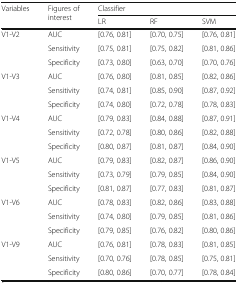
<table><thead><tr><td rowspan="2"><b>Variables</b></td><td rowspan="2"><b>Figures of interest</b></td><td colspan="3"><b>Classifier</b></td></tr><tr><td><b>LR</b></td><td><b>RF</b></td><td><b>SVM</b></td></tr></thead><tbody><tr><td rowspan="3">V1-V2</td><td>AUC</td><td>[0.76, 0.81]</td><td>[0.70, 0.75]</td><td>[0.76, 0.81]</td></tr><tr><td>Sensitivity</td><td>[0.75, 0.81]</td><td>[0.75, 0.82]</td><td>[0.81, 0.86]</td></tr><tr><td>Specificity</td><td>[0.73, 0.80]</td><td>[0.63, 0.70]</td><td>[0.70, 0.76]</td></tr><tr><td rowspan="3">V1-V3</td><td>AUC</td><td>[0.76, 0.80]</td><td>[0.81, 0.85]</td><td>[0.82, 0.86]</td></tr><tr><td>Sensitivity</td><td>[0.74, 0.81]</td><td>[0.85, 0.90]</td><td>[0.87, 0.92]</td></tr><tr><td>Specificity</td><td>[0.74, 0.80]</td><td>[0.72, 0.78]</td><td>[0.78, 0.83]</td></tr><tr><td rowspan="3">V1-V4</td><td>AUC</td><td>[0.79, 0.83]</td><td>[0.84, 0.88]</td><td>[0.87, 0.91]</td></tr><tr><td>Sensitivity</td><td>[0.72, 0.78]</td><td>[0.80, 0.86]</td><td>[0.82, 0.88]</td></tr><tr><td>Specificity</td><td>[0.80, 0.87]</td><td>[0.81, 0.87]</td><td>[0.84, 0.90]</td></tr><tr><td rowspan="3">V1-V5</td><td>AUC</td><td>[0.79, 0.83]</td><td>[0.82, 0.87]</td><td>[0.86, 0.90]</td></tr><tr><td>Sensitivity</td><td>[0.73, 0.79]</td><td>[0.79, 0.85]</td><td>[0.84, 0.90]</td></tr><tr><td>Specificity</td><td>[0.81, 0.87]</td><td>[0.77, 0.83]</td><td>[0.81, 0.87]</td></tr><tr><td rowspan="3">V1-V6</td><td>AUC</td><td>[0.78, 0.83]</td><td>[0.82, 0.86]</td><td>[0.83, 0.88]</td></tr><tr><td>Sensitivity</td><td>[0.74, 0.80]</td><td>[0.79, 0.85]</td><td>[0.81, 0.86]</td></tr><tr><td>Specificity</td><td>[0.79, 0.85]</td><td>[0.76, 0.82]</td><td>[0.80, 0.86]</td></tr><tr><td rowspan="3">V1-V9</td><td>AUC</td><td>[0.76, 0.81]</td><td>[0.78, 0.83]</td><td>[0.81, 0.85]</td></tr><tr><td>Sensitivity</td><td>[0.70, 0.76]</td><td>[0.78, 0.85]</td><td>[0.75, 0.81]</td></tr><tr><td>Specificity</td><td>[0.80, 0.86]</td><td>[0.70, 0.77]</td><td>[0.78, 0.84]</td></tr></tbody></table>